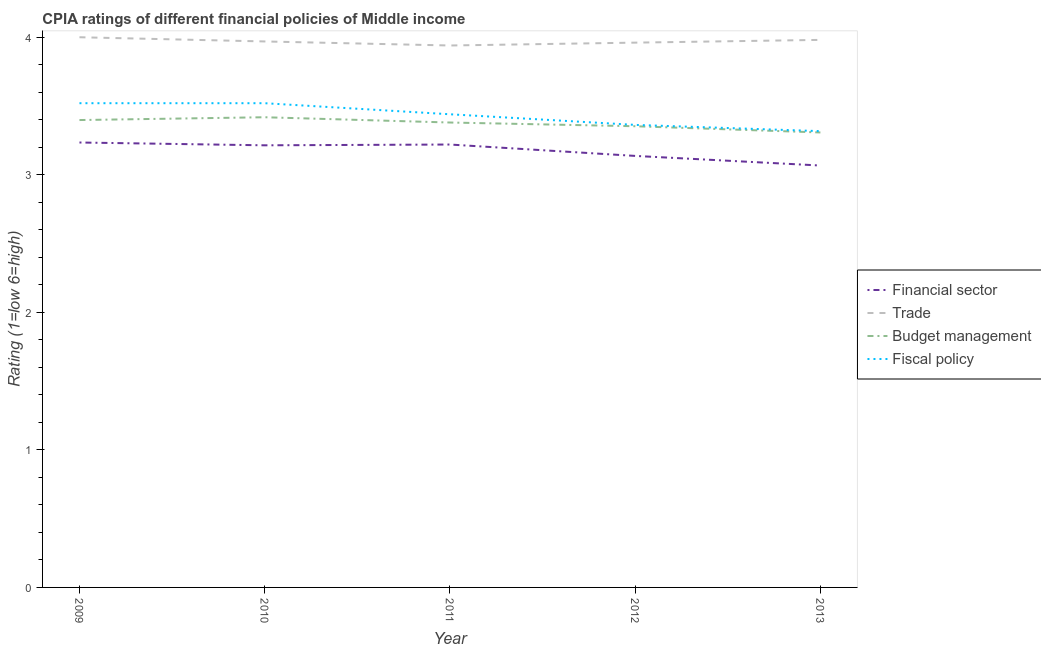
| Year | Financial sector | Trade | Budget management | Fiscal policy |
 | --- | --- | --- | --- | --- |
 | 2009 | 3.23 | 4 | 3.4 | 3.52 |
 | 2010 | 3.21 | 3.97 | 3.42 | 3.52 |
 | 2011 | 3.22 | 3.94 | 3.38 | 3.44 |
 | 2012 | 3.14 | 3.96 | 3.35 | 3.36 |
 | 2013 | 3.07 | 3.98 | 3.31 | 3.32 |